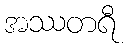
အဿတရီ